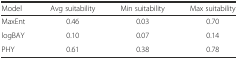
<table><thead><tr><td><b>Model</b></td><td><b>Avg suitability</b></td><td><b>Min suitability</b></td><td><b>Max suitability</b></td></tr></thead><tbody><tr><td>MaxEnt</td><td>0.46</td><td>0.03</td><td>0.70</td></tr><tr><td>logBAY</td><td>0.10</td><td>0.07</td><td>0.14</td></tr><tr><td>PHY</td><td>0.61</td><td>0.38</td><td>0.78</td></tr></tbody></table>